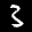
Label: 3